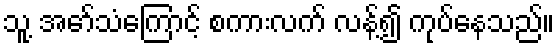
သူ့ အော်သံကြောင့် စကားလက် လန့်၍ ကုပ်နေသည်။